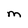
Character: M